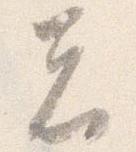
者